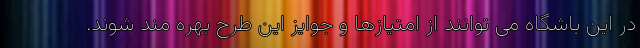
در این باشگاه می توانند از امتیازها و جوایز این طرح بهره مند شوند.